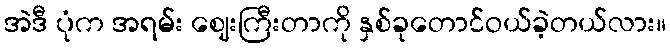
အဲဒီ ပုံက အရမ်း ဈေးကြီးတာကို နှစ်ခုတောင်ဝယ်ခဲ့တယ်လား။